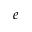
e